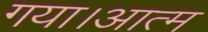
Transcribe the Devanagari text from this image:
गया।आत्म